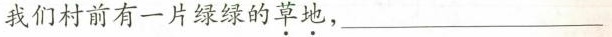
我们村前有一片绿绿的草地，___